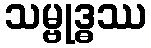
သမ္ဗုဒ္ဓဿ